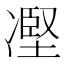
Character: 𠗻